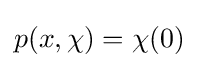
p(x,\chi )=\chi (0)